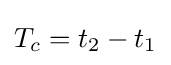
T_{c}=t_{2}-t_{1}